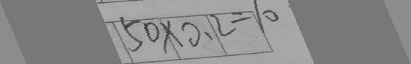
5 0 \times 0 . 2 = 1 0